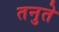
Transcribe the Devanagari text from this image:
तनुते